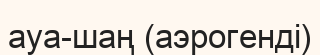
ауа-шаң (аэрогенді)